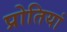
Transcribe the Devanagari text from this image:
प्रोतियां